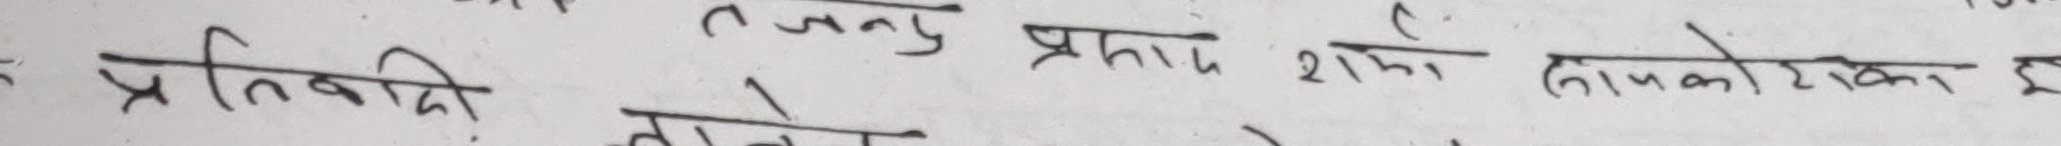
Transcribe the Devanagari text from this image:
प्रतिवादी तदनुसार शाही सापकोटा हु